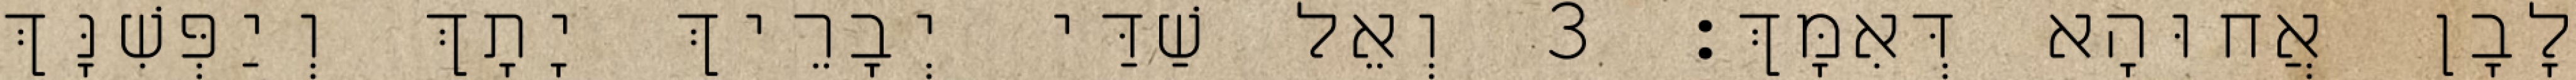
לָבָן אֲחוּהָא דְּאִמָּךְ׃ 3 וְאֵל שַׁדַּי יְבָרֵיךְ יָתָךְ וְיַפְּשִׁנָּךְ